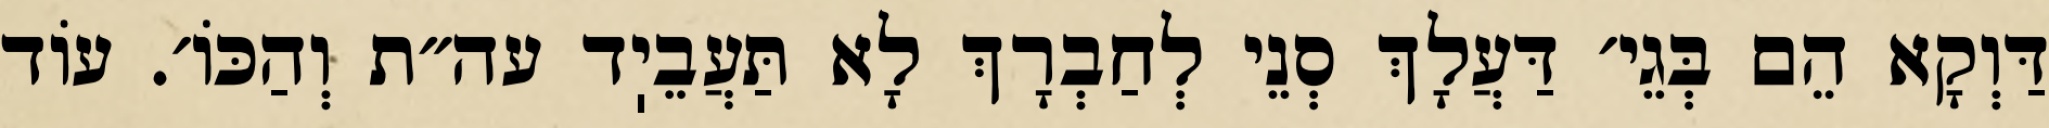
דַּוְקָא הֵם בְּגֵי׳ דַּעֲלָךְ סְנֵי לְחַבְרָךְ לָא תַּעֲבֵיֽד עה״ת וְהַכּוֹ׳. עוֹד